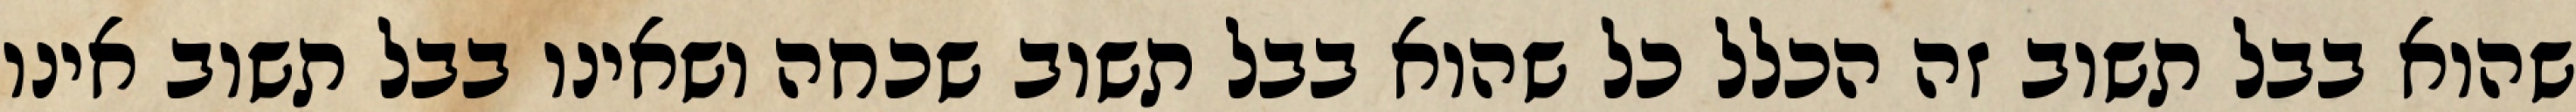
שהוא בבל תשוב זה הכלל כל שהוא בבל תשוב שכחה ושאינו בבל תשוב אינו